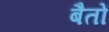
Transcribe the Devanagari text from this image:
बैतों